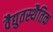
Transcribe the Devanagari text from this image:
वैद्युतस्थैतिक